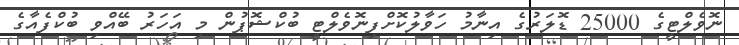
ނޮވެލްޓީގެ 25000 ޑޮލަރުގެ އިނާމު ހަވާލުކޮށްފިނޮވެލްޓީ ބުކްޝޮޕުން މި އަހަރު ބޭއްވި ބުކްފެއާގެ